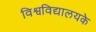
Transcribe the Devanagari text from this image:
विश्वविद्यालयके